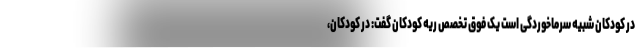
در کودکان شبیه سرماخوردگی است یک فوق تخصص ریه کودکان گفت: در کودکان،